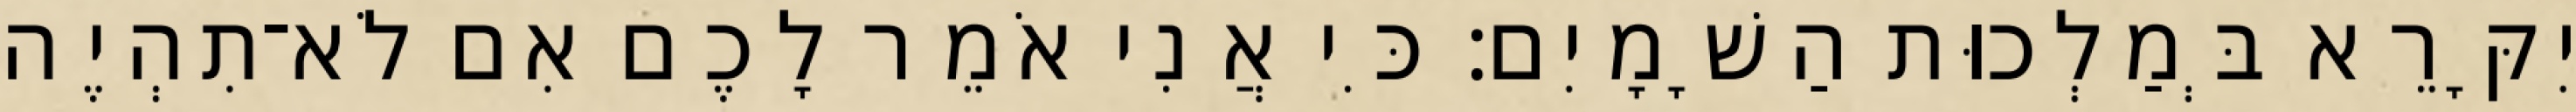
יִקָּרֵא בְּמַלְכוּת הַשָׁמָיִם׃ כִּי אֲנִי אֹמֵר לָכֶם אִם לֹא־תִהְיֶה